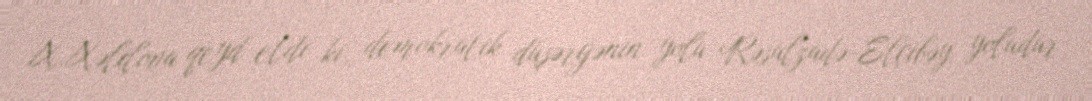
X.Xəlilova qeyd etdi ki, demokratik düşərgənin yolu Rəsulzadə-Elçibəy yoludur